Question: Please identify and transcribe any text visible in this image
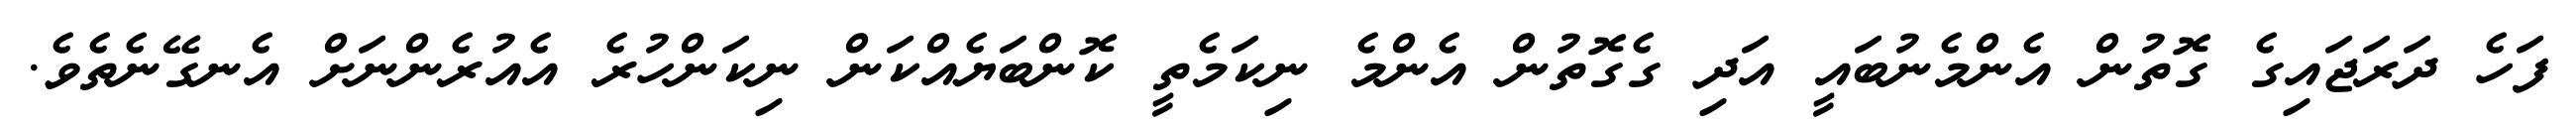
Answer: ފަހެ ދަރަޖައިގެ ގޮތުން އެންމެނުބައީ އަދި ގެގޮތުން އެންމެ ނިކަމެތީ ކޮންބަޔެއްކަން ނިކަންހުރެ އެއުރެންނަށް އެނގޭނެތެވެ.